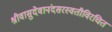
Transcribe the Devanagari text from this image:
श्रीवासुदेवानंदसरस्वतीविरचित